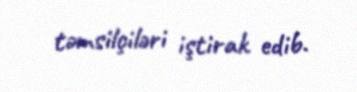
təmsilçiləri iştirak edib.